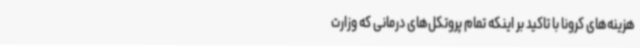
هزینه‌های کرونا با تاکید بر اینکه تمام پروتکل‌های درمانی که وزارت